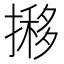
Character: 𢴐